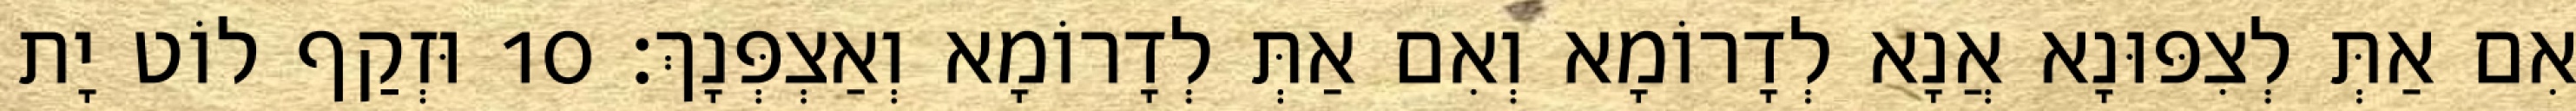
אִם אַתְּ לְצִפּוּנָא אֲנָא לְדָרוֹמָא וְאִם אַתְּ לְדָרוֹמָא וְאַצְפְּנָךְ׃ 10 וּזְקַף לוֹט יָת